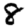
Digit: 8